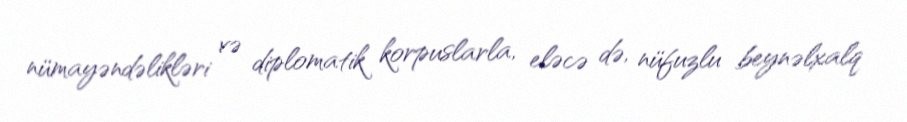
nümayəndəlikləri və diplomatik korpuslarla, eləcə də, nüfuzlu beynəlxalq